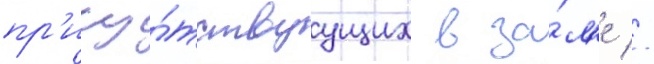
пр'ису́тствуущих в за́л'е //